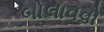
બોલાવવો